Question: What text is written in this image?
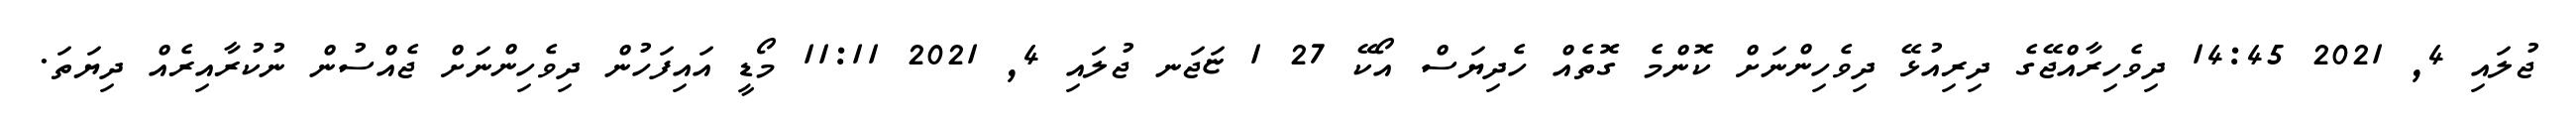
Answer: ޖުލައި 4, 2021 14:45 ދިވެހިރާއްޖޭގެ ދިރިއުޅޭ ދިވެހިންނަށް ކޮންމެ ގޮތެއް ހެދިޔަސް އޯކޭ 27 1 ޏަޖަނ ޖުލައި 4, 2021 11:11 މޯޑީ އައިފަހުން ދިވެހިންނަށް ޖެއްސުން ނުކުރާއިރެއް ދިޔަތަ.